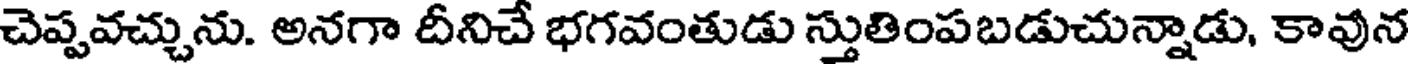
చెప్పవచ్చును. అనగా దీనిచే భగవంతుడు స్తుతింపబడుచున్నాడు, కావున